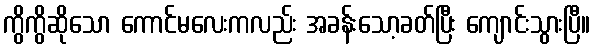
ကွိကွိဆိုသော ကောင်မလေးကလည်း အခန်းသော့ခတ်ပြီး ကျောင်းသွားပြီ။